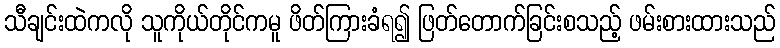
သီချင်းထဲကလို သူကိုယ်တိုင်ကမူ ဖိတ်ကြားခံရ၍ ဖြတ်တောက်ခြင်းစသည့် ဖမ်းစားထားသည်